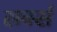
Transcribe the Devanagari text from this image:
सर्क्स